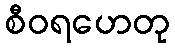
စီဝရဟေတု